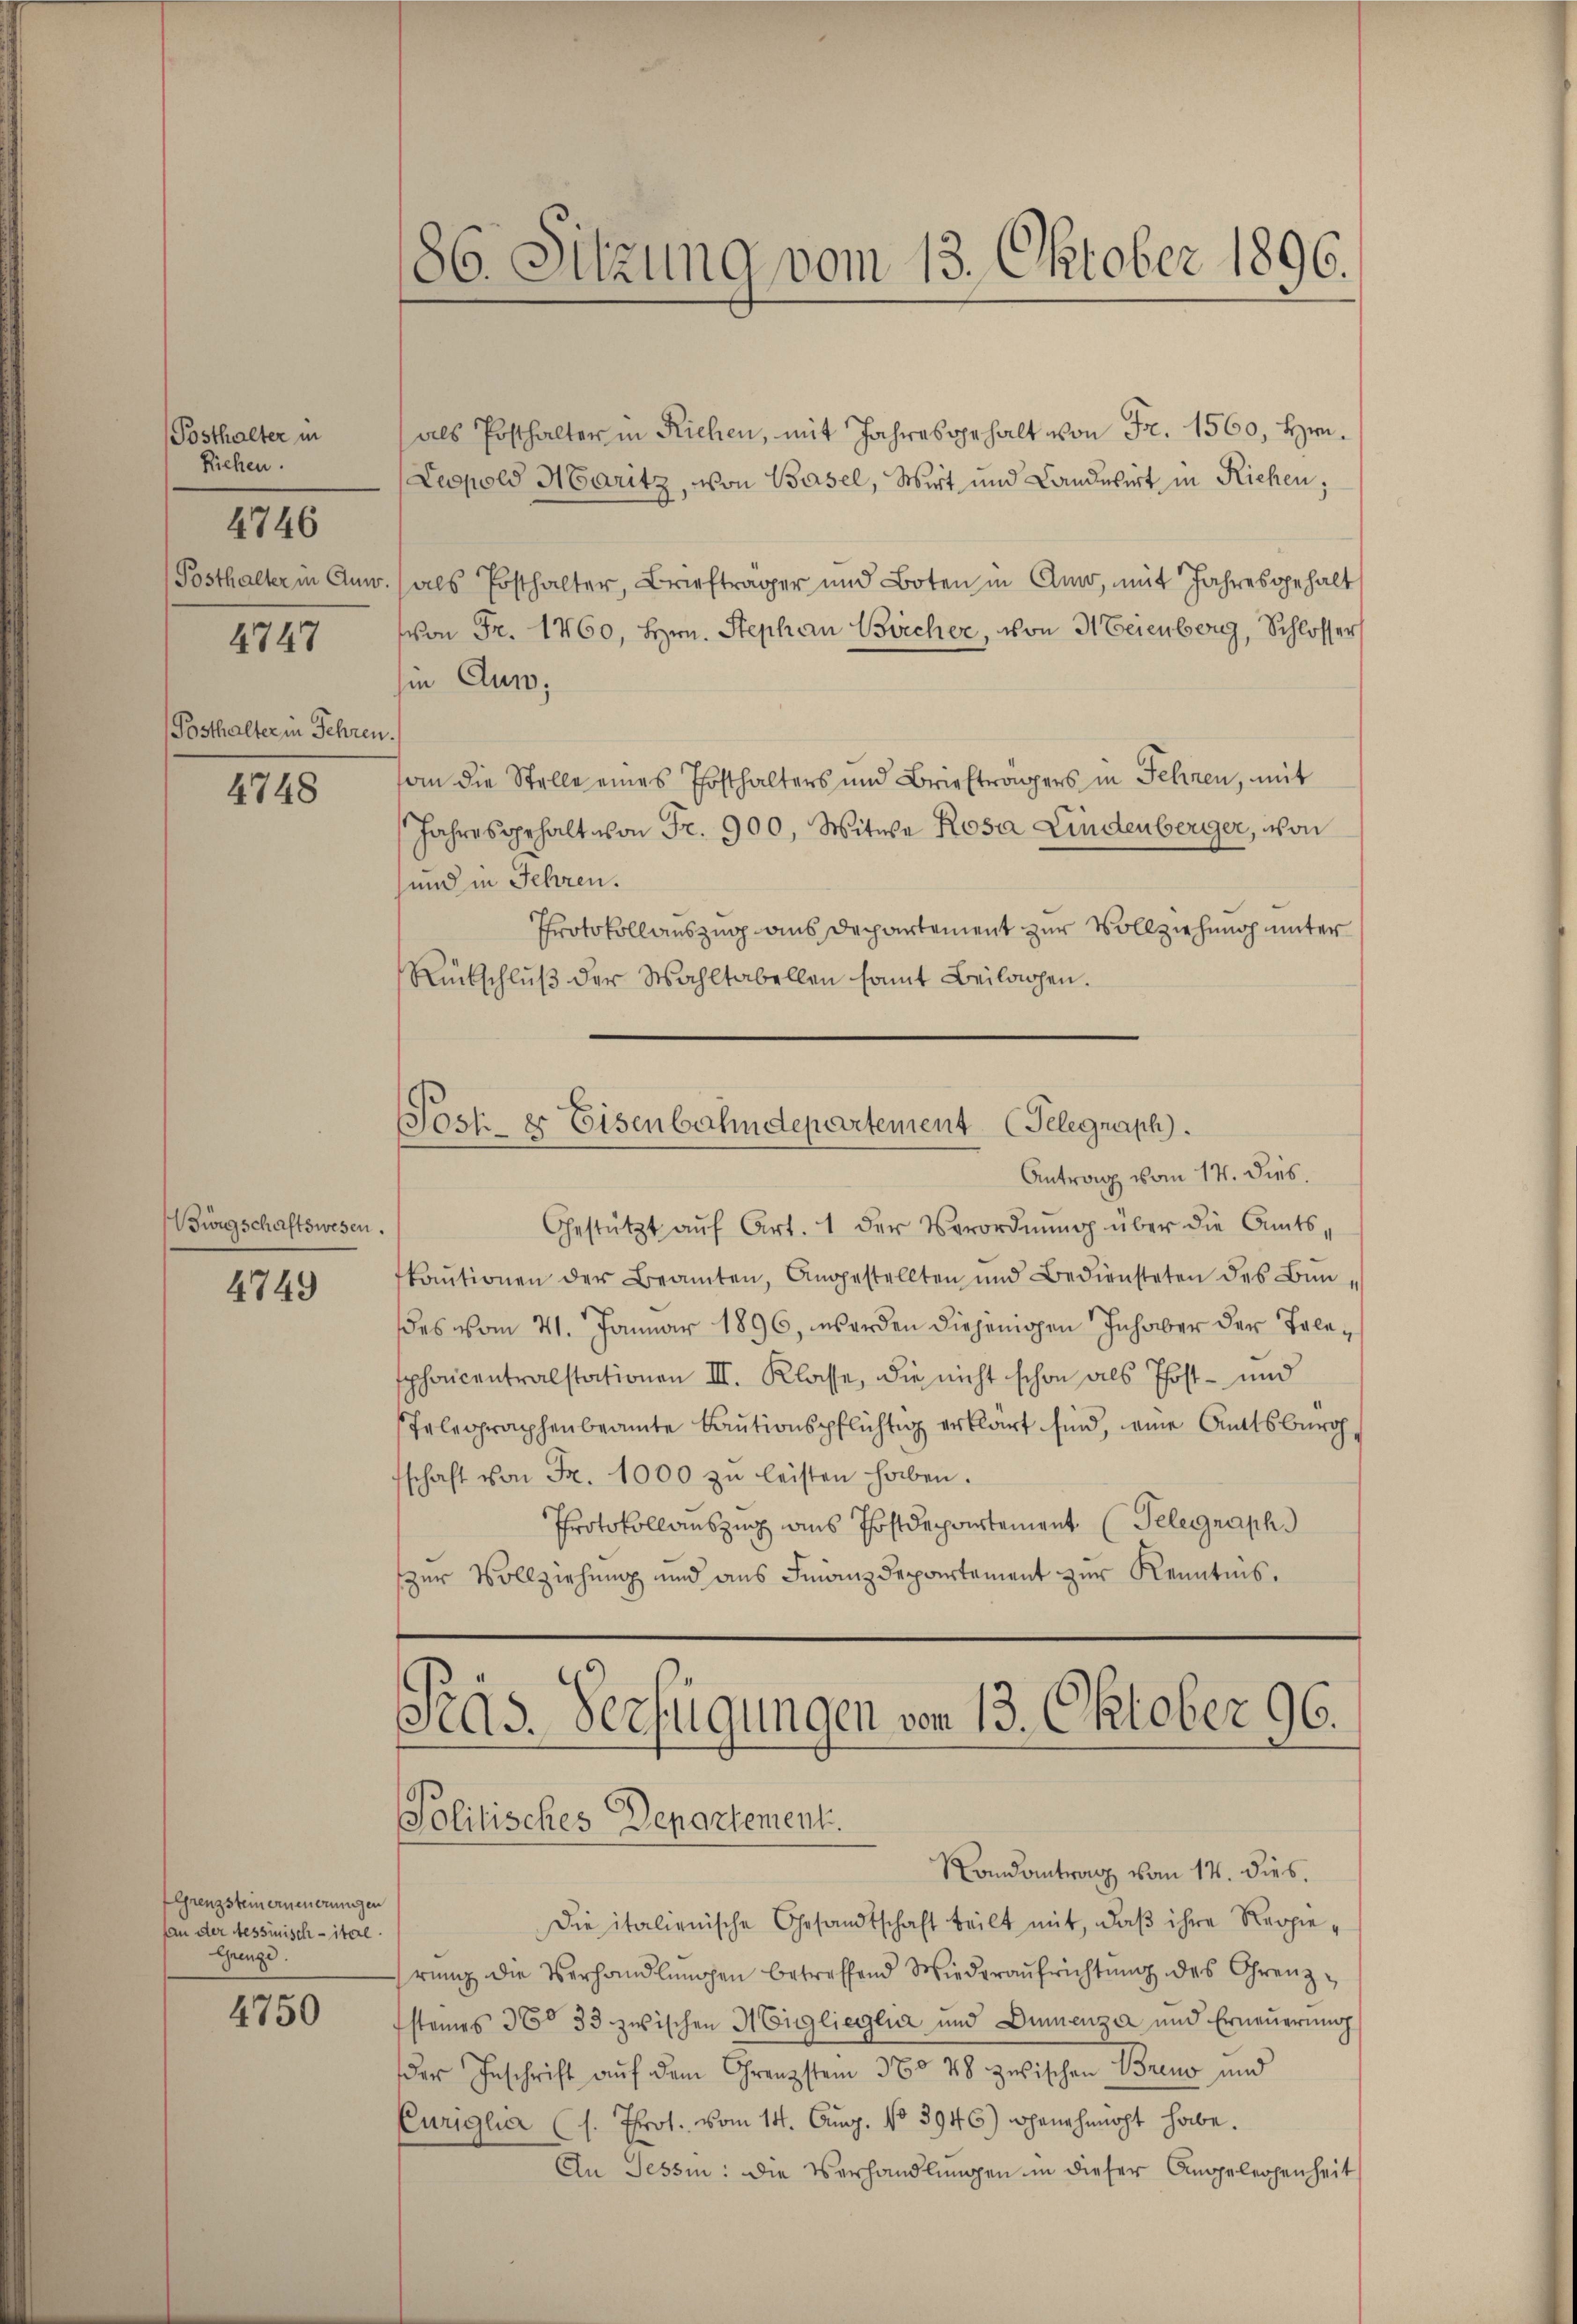
Posthalter in
Riehen.
Posthalter in Anw
4747
(Posthalter in Fehren.

4746

4748

Bingschaftswesen.

4749

Algrenzstein erneuerungen
An der Messinisch - ital¬
Grenze.
4750

186. Sitzung vom 13. Oktober 1896.

als Posthalter in Richen, mit Jahresgehalt von Fr. 1560, Hrn.
Leopold Maritz, von Basel, Wirt und Landesirt in Richen,
(als Posthalter, Briefträger und Boten in Amo, mit Jahresgehalt
von Fr. 1760, Hrn. Stephan Bücher, von Meienberg, Schlosser
in Aus;
an die Stelle eines Posthalters und Briefträgers in Fehren, mit
Jahresgehalt von Fr. 900, Witwe Rosa Lindenberger, von
und in Jehren.
Protokollauszug aus Departement zur Vollziehung unter
Rückschluß der Wahltabellen somit Beilagen.
Sost 8 Eisenbahndepartement (Telegraph.
Antrag vom 14. dies.
Gestützt aŭf Art. 1 der Verordnŭng über die Amtskaŭtionen der Beamten, Angestellten und Bediensteten des Bŭn
es vom 21. Januar 1896, werden diejenigen Inhaber der Tele¬
Ephanicentralstationen III. Klasse, die nicht schon als Post- und
sTelegraphenbeamte Cautionspflichtig erklärt sind, eine Amtsbürgschaft von Fr. 1000 zŭ leisten haben.
Protokollauszug aus Postdepartement (Telegraph
zur Vollziehung und aus Finanzdepartement zur Kenntnis.

Prgs-Verfügungen vom 13. Oktober 96.
Politisches Departement
Randantrag vom 14. dies.

Die italienische Gesandtschaft teilt mit, daß ihre Regierŭng die Verhandlŭngen betreffend Wiederaŭfrichtŭng des Grenzsteines 360 33 zwischen Mitglieglia und Dünenza und Erneŭerŭng
der Inschrift auf dem Grenzstein 360 48 zwischen Brens und
Euriglia (s. Prot. vom 14. Aug. No 3946) genehmigt habe.
An Tessin: Die Verhandlungen in dieser Angelegenheit